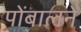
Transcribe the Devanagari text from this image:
पोंबालने